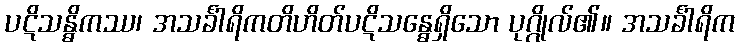
ပဋိသန္ဓိကဿ၊ အသင်္ခါရိကတိဟိတ်ပဋိသန္ဓေရှိသော ပုဂ္ဂိုလ်၏။ အသင်္ခါရိက